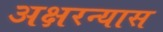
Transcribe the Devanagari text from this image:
अक्षरन्यास